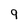
Character: 9